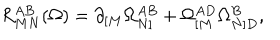
R _ { M N } ^ { A B } ( \Omega ) = \partial _ { [ M } \Omega _ { N ] } ^ { A B } + \Omega _ { [ M } ^ { A D } \Omega _ { N ] D } ^ { B } ,